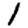
Digit: 1